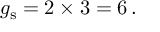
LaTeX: g _ { \mathrm { s } } = 2 \times 3 = 6 \, .